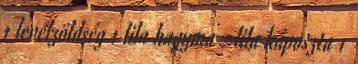
1 levélzöldség 1 lila hagyma 2 lila káposzta 1